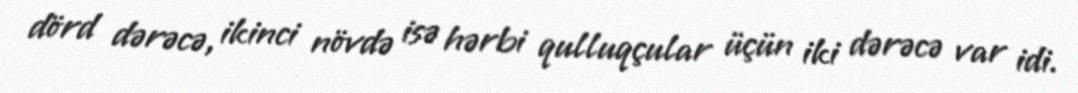
dörd dərəcə, ikinci növdə isə hərbi qulluqçular üçün iki dərəcə var idi.